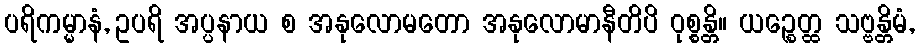
ပရိကမ္မာနံ, ဥပရိ အပ္ပနာယ စ အနုလောမတော အနုလောမာနီတိပိ ဝုစ္စန္တိ။ ယဉ္စေတ္ထ သဗ္ဗန္တိမံ,